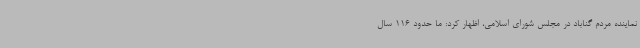
نماینده مردم گناباد در مجلس شورای اسلامی، اظهار کرد: ما حدود 116 سال